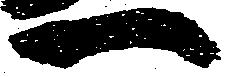
一